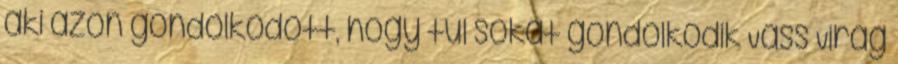
aki azon gondolkodott, hogy túl sokat gondolkodik Vass Virág